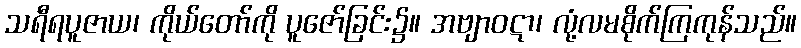
သရီရပူဇာယ၊ ကိုယ်တော်ကို ပူဇော်ခြင်း၌။ အဗျာဝဋာ၊ လုံ့လမစိုက်ကြကုန်သည်။